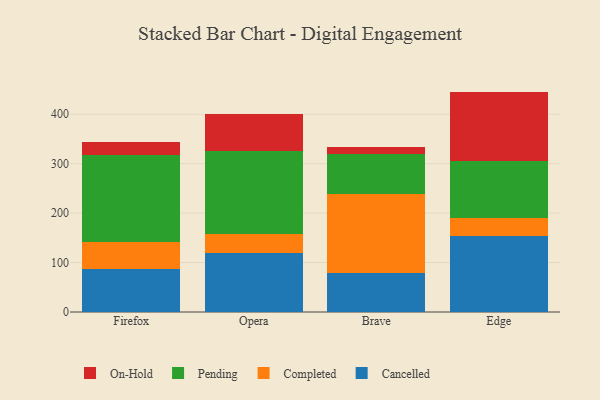
{"axis": {"x": "Browser", "y": "Churn Rate (%)"}, "legend": ["Cancelled", "Completed", "On-Hold", "Pending"], "data": [{"x": "Firefox", "y": 87.5, "type": "Cancelled"}, {"x": "Firefox", "y": 54.8, "type": "Completed"}, {"x": "Firefox", "y": 174.7, "type": "Pending"}, {"x": "Firefox", "y": 27.5, "type": "On-Hold"}, {"x": "Opera", "y": 120.2, "type": "Cancelled"}, {"x": "Opera", "y": 38.2, "type": "Completed"}, {"x": "Opera", "y": 166.6, "type": "Pending"}, {"x": "Opera", "y": 75.3, "type": "On-Hold"}, {"x": "Brave", "y": 78.6, "type": "Cancelled"}, {"x": "Brave", "y": 159.8, "type": "Completed"}, {"x": "Brave", "y": 81.0, "type": "Pending"}, {"x": "Brave", "y": 15.2, "type": "On-Hold"}, {"x": "Edge", "y": 154.7, "type": "Cancelled"}, {"x": "Edge", "y": 35.6, "type": "Completed"}, {"x": "Edge", "y": 115.1, "type": "Pending"}, {"x": "Edge", "y": 140.4, "type": "On-Hold"}]}